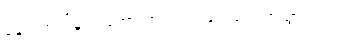
နှောင်တွယ်မှု သဘောဟာလည်း ချုပ်ပျောက်သွားပါတယ်။